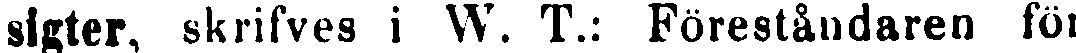
sigter, skrifves i W. T.: Föreståndaren för